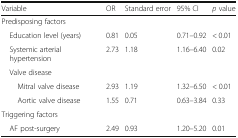
<table><thead><tr><td><b>Variable</b></td><td><b>OR</b></td><td><b>Standard error</b></td><td><b>95% CI</b></td><td><b><i>p</i> value</b></td></tr></thead><tbody><tr><td colspan="5">Predisposing factors</td></tr><tr><td> Education level (years)</td><td>0.81</td><td>0.05</td><td>0.71–0.92</td><td>&lt; 0.01</td></tr><tr><td> Systemic arterial hypertension</td><td>2.73</td><td>1.18</td><td>1.16–6.40</td><td>0.02</td></tr><tr><td> Valve disease</td><td></td><td></td><td></td><td></td></tr><tr><td>Mitral valve disease</td><td>2.93</td><td>1.19</td><td>1.32–6.50</td><td>&lt; 0.01</td></tr><tr><td>Aortic valve disease</td><td>1.55</td><td>0.71</td><td>0.63–3.84</td><td>0.33</td></tr><tr><td colspan="5">Triggering factors</td></tr><tr><td> AF post-surgery</td><td>2.49</td><td>0.93</td><td>1.20–5.20</td><td>0.01</td></tr></tbody></table>